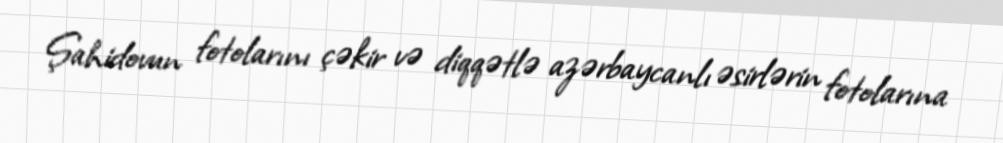
Şahidovun fotolarını çəkir və diqqətlə azərbaycanlı əsirlərin fotolarına